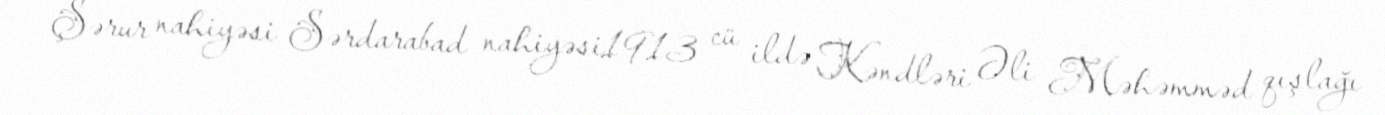
Şərur nahiyəsi Sərdarabad nahiyəsi1913 cü ildə Kəndləri Əli Məhəmməd qışlağı